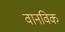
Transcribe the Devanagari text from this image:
वानविक